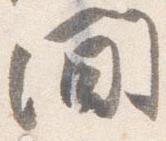
間